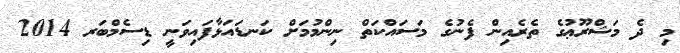
މި ދެ މަޝްރޫޢުގެ ތެރެއިން ފެނުގެ މަސައްކަތް ނިންމުމަށް ކަނޑައަޅާފައިވަނީ ޑިސެމްބަރ 2014